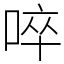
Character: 啐